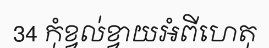
34 កុំខ្វល់ខ្វាយអំពីហេតុ